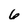
Character: 6